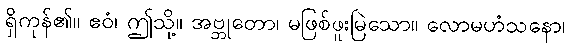
ရှိကုန်၏။ ဧဝံ၊ ဤသို့။ အဗ္ဘုတော၊ မဖြစ်ဖူးမြဲသော။ လောမဟံသနော၊